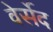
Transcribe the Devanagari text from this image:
वेर्सेद